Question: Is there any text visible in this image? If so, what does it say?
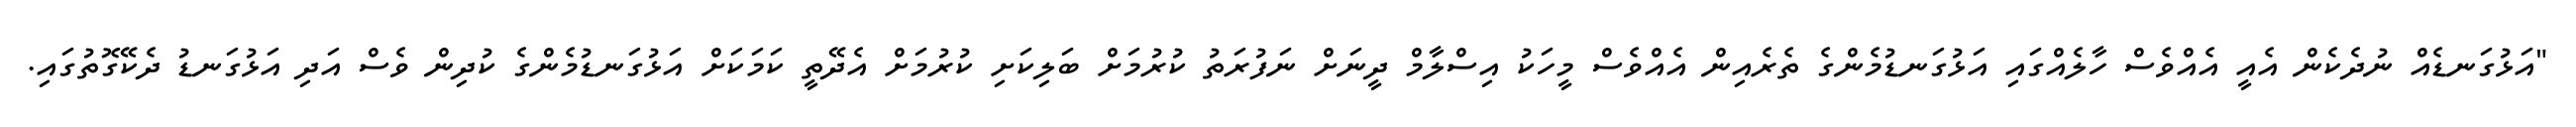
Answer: "އަޅުގަނޑެއް ނުދެކެން އެއީ އެއްވެސް ހާލެއްގައި އަޅުގަނޑުމެންގެ ތެރެއިން އެއްވެސް މީހަކު އިސްލާމް ދީނަށް ނަފުރަތު ކުރުމަށް ބަލިކަށި ކުރުމަށް އެދޭތީ ކަމަކަށް އަޅުގަނޑުމެންގެ ކުދިން ވެސް އަދި އަޅުގަނޑު ދެކޭގޮތުގައި.